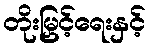
တိုးမြှင့်ရေးနှင့်